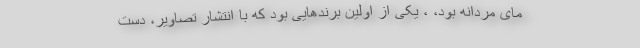
مای مردانه بود، ، یکی از اولین برندهایی بود که با انتشار تصاویر، دست